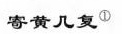
寄黄几复①